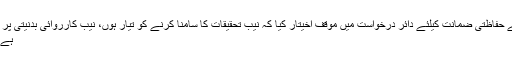
لیگی رہنما مفتاح اسماعیل نے حفاظتی ضمانت کیلئے دائر درخواست میں موقف اخیتار کیا کہ نیب تحقیقات کا سامنا کرنے کو تیار ہوں، نیب کارروائی بدنیتی پر مبنی ہے، گرفتاری کا خدشہ
ہے، حفاظتی ضمانت دی جائے۔